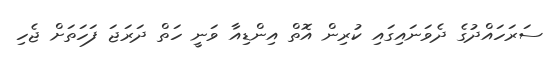
ސަރަހައްދުގެ ދެވަނައިގައި ކުރިން އޮތް އިންޑިއާ ވަނީ ހަތް ދަރަޖަ ފަހަތަށް ޖެހި